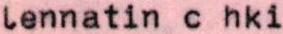
lennatin c hki